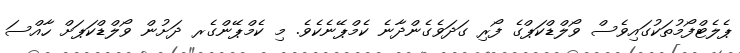
ޕެލެޓްފޯމުތަކުގައިވެސް ވޯލްޑްކަޕްގެ ފޯރި ގަދަވެގެންދާނެ ކެމްޕޭނެކެވެ. މި ކެމްޕޭންގެރ ދަށުން ވޯލްޑްކަޕަށް ހާއްސަ